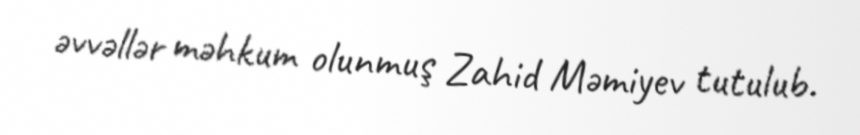
əvvəllər məhkum olunmuş Zahid Məmiyev tutulub.